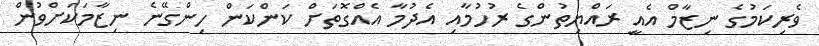
ވެރިކަމުގެ ނިޒާމް އެއީ ރައްޔިތުންގެ ރުހުމާއި އެދުމާ އެއްގޮތަށް ކަންކަން ހިންގޭނެ ނިޒާމަކަށްވުން